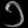
Digit: ၁